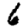
Digit: 6